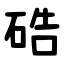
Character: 硞